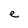
Character: e